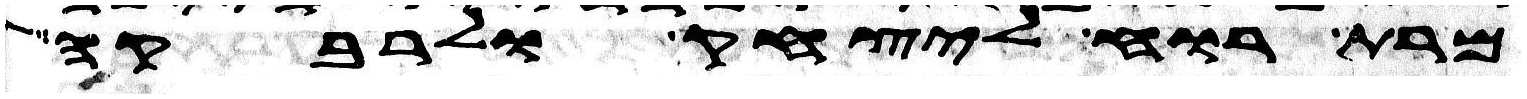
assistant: מרת רוח ליצחק ולרבקה